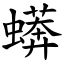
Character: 蠎